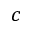
c